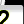
Digit: 2